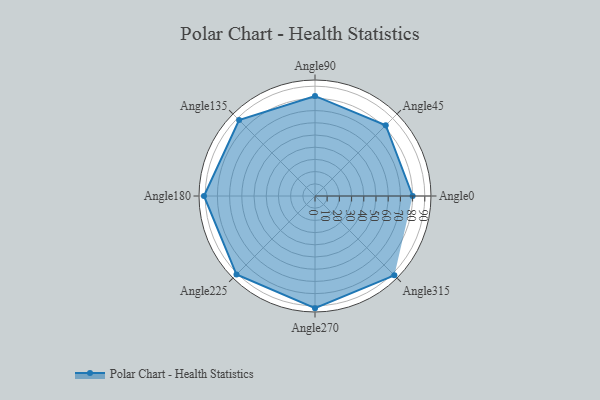
{"axis": {"x": "Angle", "y": "Radius"}, "legend": [""], "data": [{"x": "Angle0", "y": 80.0, "type": ""}, {"x": "Angle45", "y": 82.0, "type": ""}, {"x": "Angle90", "y": 82.0, "type": ""}, {"x": "Angle135", "y": 88.0, "type": ""}, {"x": "Angle180", "y": 91.0, "type": ""}, {"x": "Angle225", "y": 91.0, "type": ""}, {"x": "Angle270", "y": 92.0, "type": ""}, {"x": "Angle315", "y": 92.0, "type": ""}]}